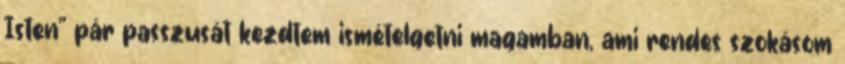
Isten" pár passzusát kezdtem ismételgetni magamban, ami rendes szokásom